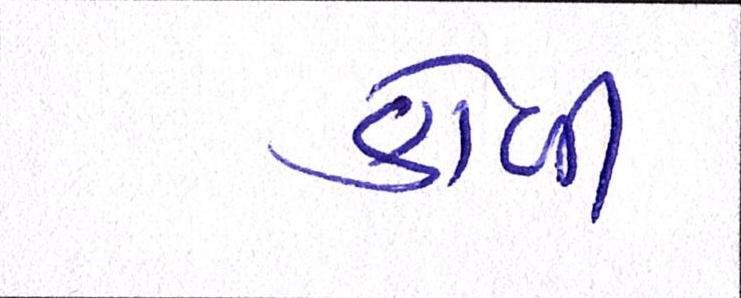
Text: કોળી